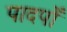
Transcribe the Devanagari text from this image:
पादपोँ